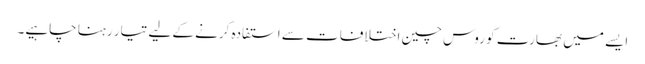
ایسے میں بھارت کو روس چین اختلافات سے استفادہ کرنے کے لیے تیار رہنا چاہیے۔